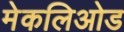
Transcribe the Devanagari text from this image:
मेकलिओड